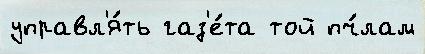
управл'я́ть газ'е́та той пч́лам